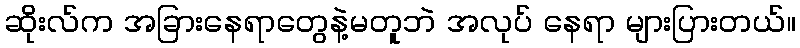
ဆိုးလ်က အခြားနေရာတွေနဲ့မတူဘဲ အလုပ် နေရာ များပြားတယ်။